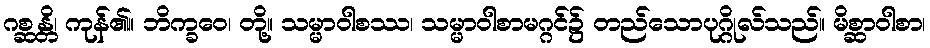
ဂစ္ဆန္တိ၊ ကုန်၏။ ဘိက္ခဝေ၊ တို့။ သမ္မာဝါစဿ၊ သမ္မာဝါစာမဂ္ဂင်၌ တည်သောပုဂ္ဂိုလ်သည်။ မိစ္ဆာဝါစာ၊